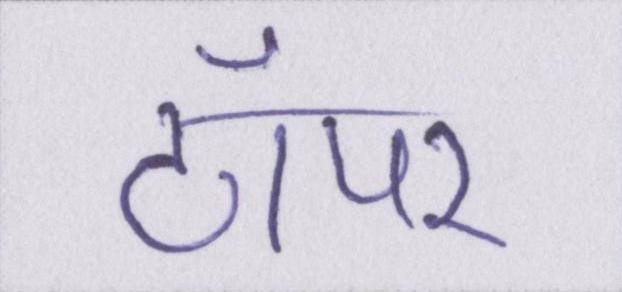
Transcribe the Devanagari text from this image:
टॉपर